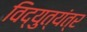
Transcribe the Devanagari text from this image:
विद्युत्‌यंत्र